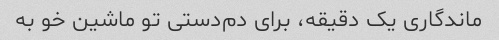
ماندگاری یک دقیقه، برای دم‌دستی تو ماشین خو به